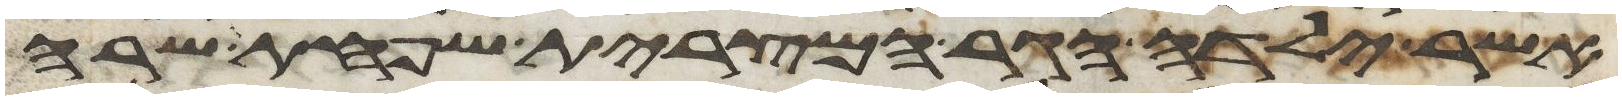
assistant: אשר ילדה הגר המצרית שפחת שרה